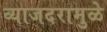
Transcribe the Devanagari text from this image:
व्याजदरामुळे